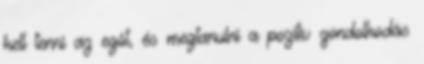
kell tenni az egót, és megtanulni a pozitív gondolkodás